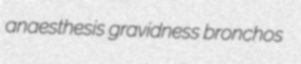
anaesthesis gravidness bronchos